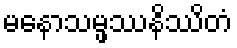
မနောသမ္ဖဿနိဿိတံ